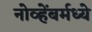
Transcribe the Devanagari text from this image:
नोव्हेंबर्मध्ये